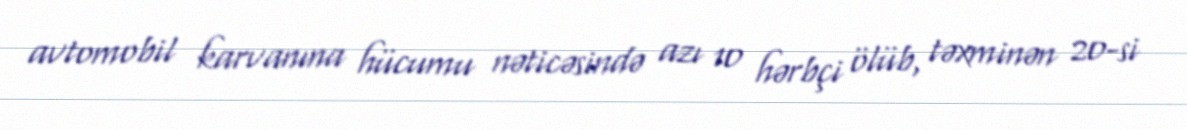
avtomobil karvanına hücumu nəticəsində azı 10 hərbçi ölüb, təxminən 20-si